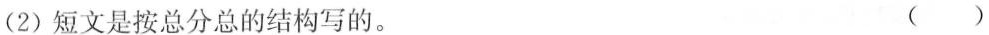
(2)短文是按总分总的结构写的。 ()